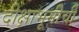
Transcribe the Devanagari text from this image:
दीक्षाभूमीची